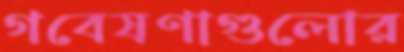
গবেষণাগুলোর